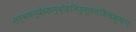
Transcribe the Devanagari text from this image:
सर्वसन्देहसन्दोहनिर्मूलनविचक्षणः